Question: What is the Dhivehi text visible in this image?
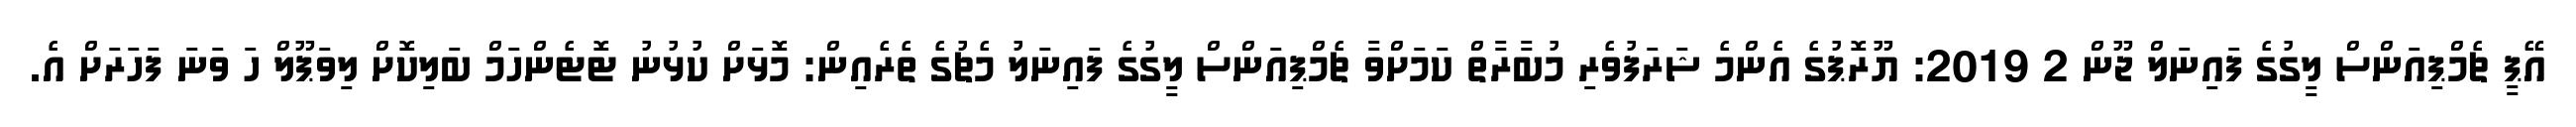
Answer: އޭޕީ ޗެމްޕިއަންސް ލީގުގެ ފައިނަލް ޖޫން 2 2019: ޔޫރޮޕުގެ އެންމެ ޝަރަފުވެރި މުބާރާތް ކަމަށްވާ ޗެމްޕިއަންސް ލީގުގެ ފައިނަލު މެޗުގެ ތެރެއިން: މޮޅަށް ކުޅުނު ޓޮޓެންހަމް ބަލިކޮށް ލިވަޕޫލް ހަ ވަނަ ފަހަރަށް އެ.